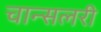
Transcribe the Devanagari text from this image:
चान्सलरी